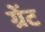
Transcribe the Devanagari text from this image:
ग्रेंट